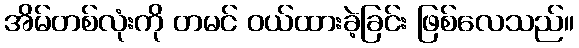
အိမ်တစ်လုံးကို တမင် ဝယ်ထားခဲ့ခြင်း ဖြစ်လေသည်။